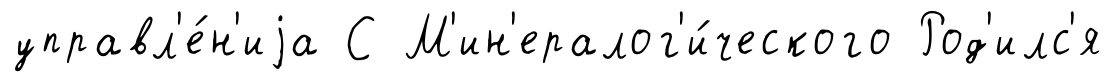
управл'е́н'иjа С М'ин'ералог'и́ческого Род'илс'я